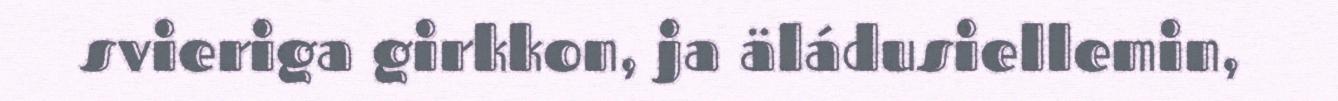
svieriga girkkon, ja äládusiellemin,